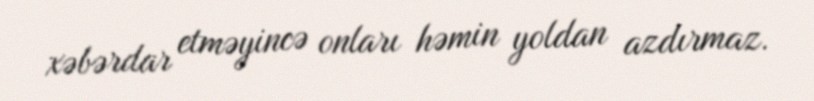
xəbərdar etməyincə onları həmin yoldan azdırmaz.